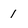
Character: 1